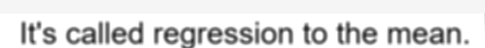
It's called regression to the mean.